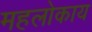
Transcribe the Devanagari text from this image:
महलोकाय